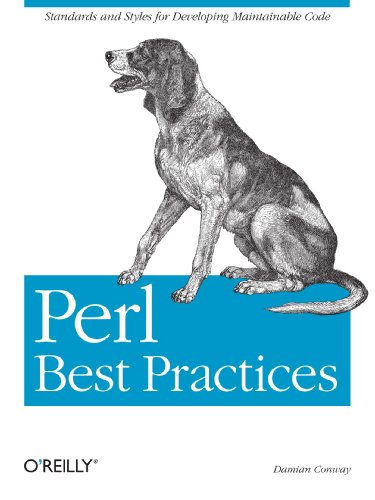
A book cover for Perl Best Practices; Damian Conway; Computers & Technology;